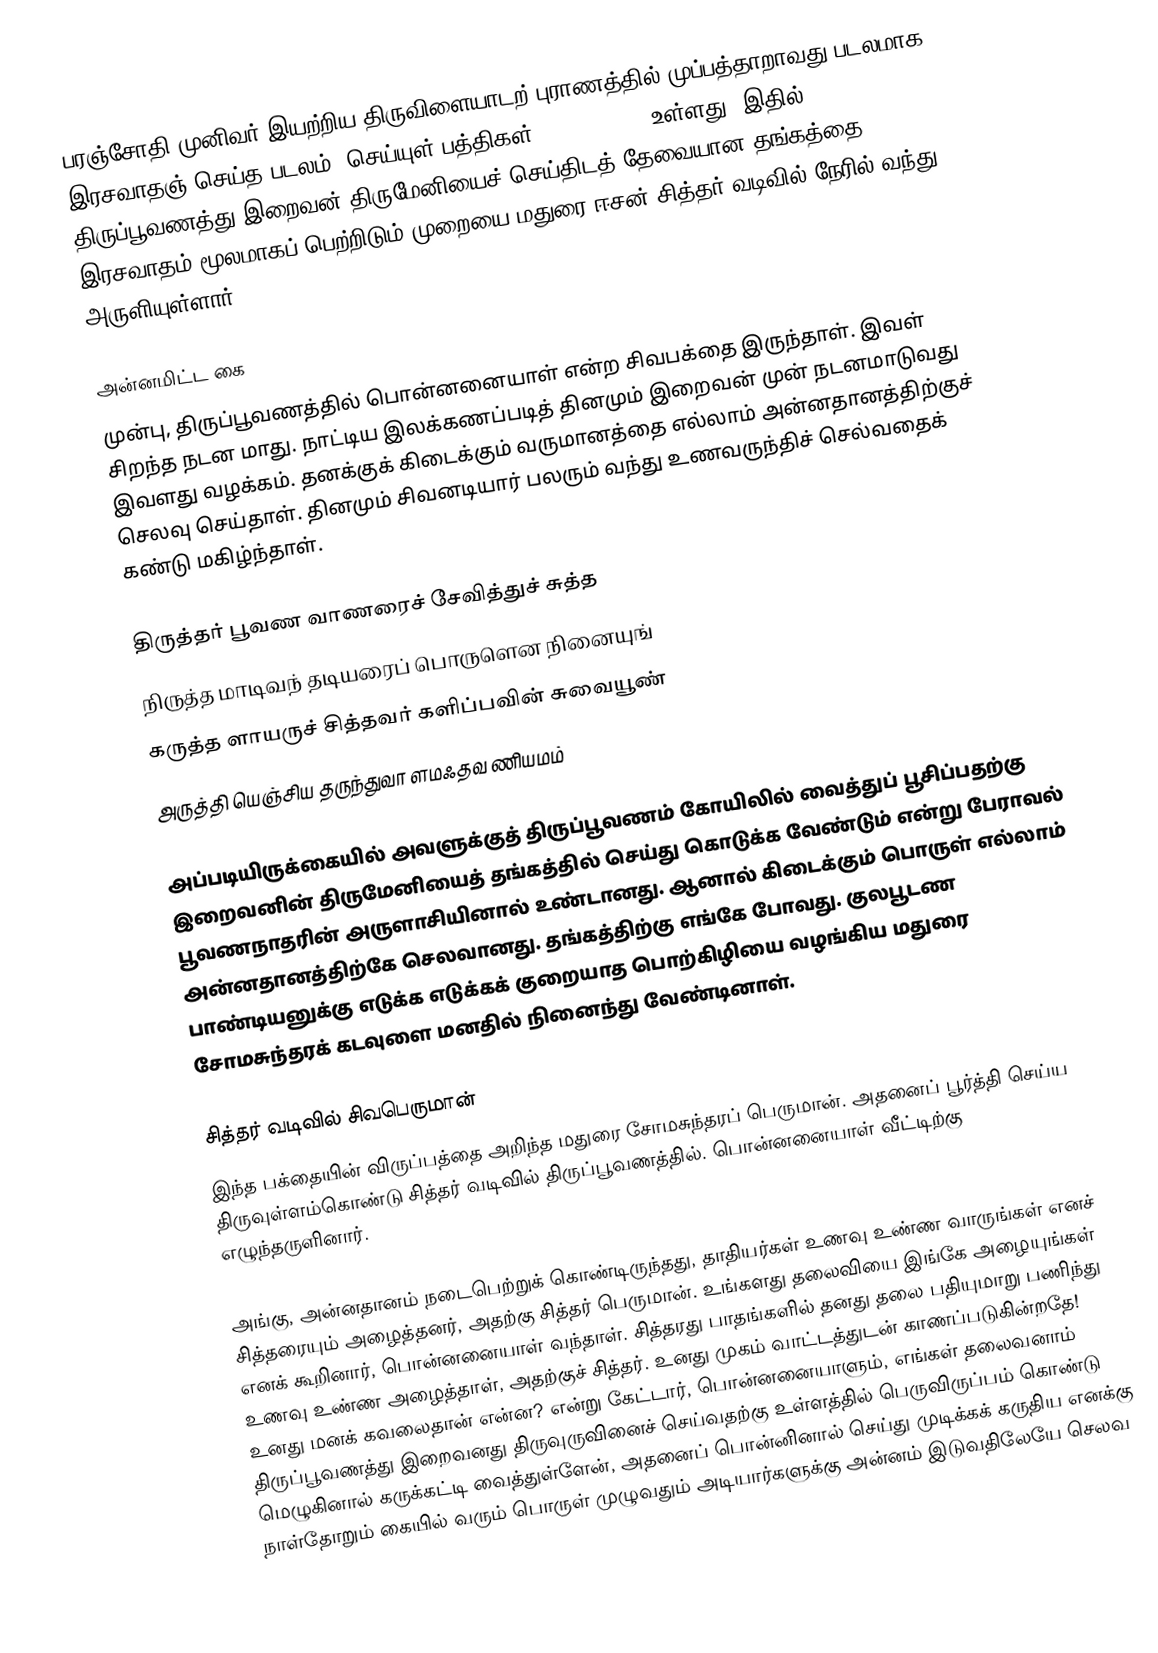
பரஞ்சோதி முனிவர் இயற்றிய திருவிளையாடற் புராணத்தில் முப்பத்தாறாவது படலமாக இரசவாதஞ் செய்த படலம் (செய்யுள் பத்திகள்: 1856 -1885) உள்ளது. இதில் திருப்பூவணத்து இறைவன் திருமேனியைச் செய்திடத் தேவையான தங்கத்தை இரசவாதம் மூலமாகப் பெற்றிடும் முறையை மதுரை ஈசன் சித்தர் வடிவில் நேரில் வந்து அருளியுள்ளார்.

அன்னமிட்ட கை
முன்பு, திருப்பூவணத்தில் பொன்னனையாள் என்ற சிவபக்தை இருந்தாள். இவள் சிறந்த நடன மாது. நாட்டிய இலக்கணப்படித் தினமும் இறைவன் முன் நடனமாடுவது இவளது வழக்கம். தனக்குக் கிடைக்கும் வருமானத்தை எல்லாம் அன்னதானத்திற்குச் செலவு செய்தாள். தினமும் சிவனடியார் பலரும் வந்து உணவருந்திச் செல்வதைக் கண்டு மகிழ்ந்தாள்.

திருத்தர் பூவண வாணரைச் சேவித்துச் சுத்த
நிருத்த மாடிவந் தடியரைப் பொருளென நினையுங்
கருத்த ளாயருச் சித்தவர் களிப்பவின் சுவையூண்
அருத்தி யெஞ்சிய தருந்துவா ளமஃதவ ணியமம்

அப்படியிருக்கையில் அவளுக்குத் திருப்பூவணம் கோயிலில் வைத்துப் பூசிப்பதற்கு இறைவனின் திருமேனியைத் தங்கத்தில் செய்து கொடுக்க வேண்டும் என்று பேராவல் பூவணநாதரின் அருளாசியினால் உண்டானது. ஆனால் கிடைக்கும் பொருள் எல்லாம் அன்னதானத்திற்கே செலவானது. தங்கத்திற்கு எங்கே போவது. குலபூடண பாண்டியனுக்கு எடுக்க எடுக்கக் குறையாத பொற்கிழியை வழங்கிய மதுரை சோமசுந்தரக் கடவுளை மனதில் நினைந்து வேண்டினாள்.

சித்தர் வடிவில் சிவபெருமான்
இந்த பக்தையின் விருப்பத்தை அறிந்த மதுரை சோமசுந்தரப் பெருமான். அதனைப் பூர்த்தி செய்ய திருவுள்ளம்கொண்டு சித்தர் வடிவில் திருப்பூவணத்தில். பொன்னனையாள் வீட்டிற்கு எழுந்தருளினார்.

அங்கு, அன்னதானம் நடைபெற்றுக் கொண்டிருந்தது, தாதியர்கள் உணவு உண்ண வாருங்கள் எனச் சித்தரையும் அழைத்தனர், அதற்கு சித்தர் பெருமான். உங்களது தலைவியை இங்கே அழையுங்கள் எனக் கூறினார், பொன்னனையாள் வந்தாள். சித்தரது பாதங்களில் தனது தலை பதியுமாறு பணிந்து உணவு உண்ண அழைத்தாள், அதற்குச் சித்தர். உனது முகம் வாட்டத்துடன் காணப்படுகின்றதே! உனது மனக் கவலைதான் என்ன? என்று கேட்டார், பொன்னனையாளும், எங்கள் தலைவனாம் திருப்பூவணத்து இறைவனது திருவுருவினைச் செய்வதற்கு உள்ளத்தில் பெருவிருப்பம் கொண்டு மெழுகினால் கருக்கட்டி வைத்துள்ளேன், அதனைப் பொன்னினால் செய்து முடிக்கக் கருதிய எனக்கு நாள்தோறும் கையில் வரும் பொருள் முழுவதும் அடியார்களுக்கு அன்னம் இடுவதிலேயே செலவ